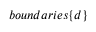
b o u n d a r i e s \{ d \}